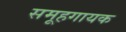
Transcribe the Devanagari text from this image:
समूहगायक